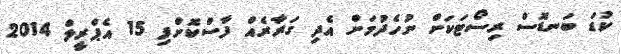
ކުޑަ ބަނޑޮސް ރިސޯޓަކަށް ނުހެދުމަށް އެދި ގަރާރެއް ފާސްކޮށްފި 15 އެޕްރީލް 2014